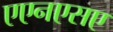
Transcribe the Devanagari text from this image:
एएनएसए